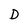
Character: D